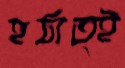
হঠাত্ই